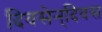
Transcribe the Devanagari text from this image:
दिवसेन्‌दिवस